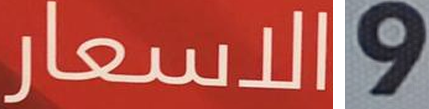
الاسعار 9